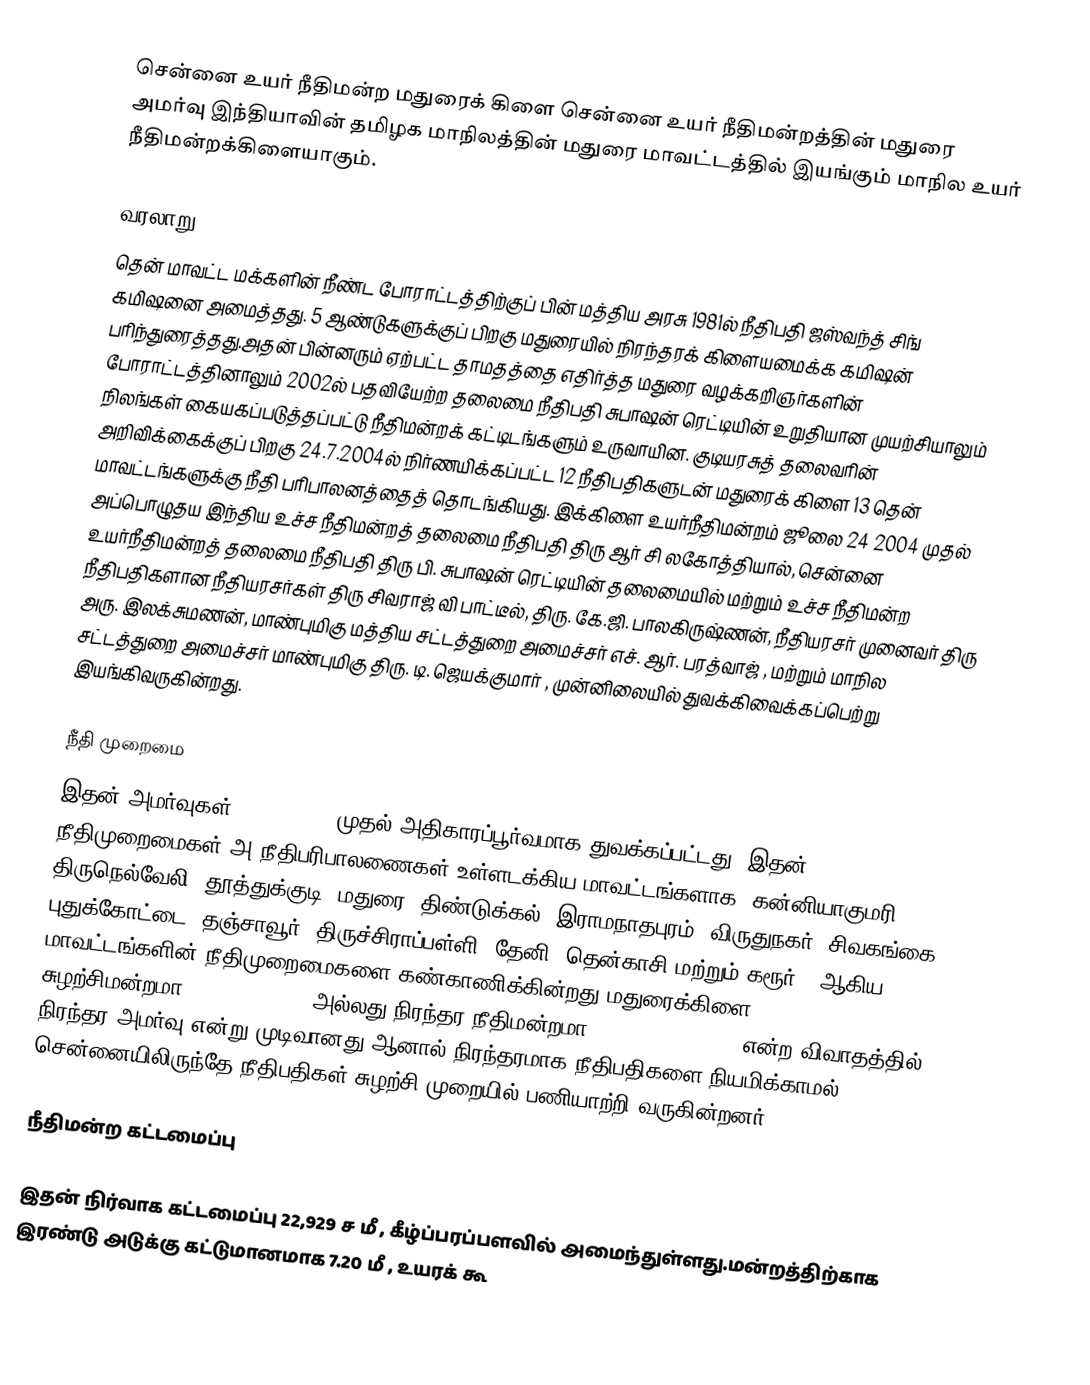
சென்னை உயர் நீதிமன்ற மதுரைக் கிளை சென்னை உயர் நீதிமன்றத்தின் மதுரை அமர்வு இந்தியாவின் தமிழக மாநிலத்தின் மதுரை மாவட்டத்தில் இயங்கும் மாநில உயர் நீதிமன்றக்கிளையாகும்.

வரலாறு
தென் மாவட்ட மக்களின் நீண்ட போராட்டத்திற்குப் பின் மத்திய அரசு 1981ல் நீதிபதி ஜஸ்வந்த் சிங் கமிஷனை அமைத்தது. 5 ஆண்டுகளுக்குப் பிறகு மதுரையில் நிரந்தரக் கிளையமைக்க கமிஷன் பரிந்துரைத்தது.அதன் பின்னரும் ஏற்பட்ட தாமதத்தை எதிர்த்த மதுரை வழக்கறிஞர்களின் போராட்டத்தினாலும் 2002ல் பதவியேற்ற தலைமை நீதிபதி சுபாஷன் ரெட்டியின் உறுதியான முயற்சியாலும் நிலங்கள் கையகப்படுத்தப்பட்டு நீதிமன்றக் கட்டிடங்களும் உருவாயின. குடியரசுத் தலைவரின் அறிவிக்கைக்குப் பிறகு 24.7.2004ல் நிர்ணயிக்கப்பட்ட 12 நீதிபதிகளுடன் மதுரைக் கிளை 13 தென் மாவட்டங்களுக்கு நீதி பரிபாலனத்தைத் தொடங்கியது. இக்கிளை உயர்நீதிமன்றம் ஜூலை 24 2004  முதல் அப்பொழுதய இந்திய உச்ச நீதிமன்றத் தலைமை நீதிபதி திரு ஆர் சி லகோத்தியால், சென்னை உயர்நீதிமன்றத் தலைமை நீதிபதி திரு பி. சுபாஷன் ரெட்டியின்  தலைமையில் மற்றும் உச்ச நீதிமன்ற நீதிபதிகளான நீதியரசர்கள் திரு சிவராஜ் வி பாட்டீல், திரு. கே.ஜி. பாலகிருஷ்ணன், நீதியரசர் முனைவர்  திரு அரு. இலக்சுமணன், மாண்புமிகு மத்திய சட்டத்துறை அமைச்சர் எச். ஆர். பரத்வாஜ் , மற்றும் மாநில சட்டத்துறை அமைச்சர்  மாண்புமிகு திரு. டி. ஜெயக்குமார் , முன்னிலையில் துவக்கிவைக்கப்பெற்று இயங்கிவருகின்றது.

நீதி முறைமை
இதன் அமர்வுகள் 24.07.2004, முதல் அதிகாரப்பூர்வமாக துவக்கப்பட்டது. இதன் நீதிமுறைமைகள் அ நீதிபரிபாலணைகள் உள்ளடக்கிய மாவட்டங்களாக ,கன்னியாகுமரி, திருநெல்வேலி, தூத்துக்குடி, மதுரை, திண்டுக்கல், இராமநாதபுரம், விருதுநகர், சிவகங்கை, புதுக்கோட்டை, தஞ்சாவூர், திருச்சிராப்பள்ளி, தேனி, தென்காசி மற்றும் கரூர் , ஆகிய மாவட்டங்களின் நீதிமுறைமைகளை கண்காணிக்கின்றது.மதுரைக்கிளை சுழற்சிமன்றமா(circuit court) அல்லது நிரந்தர நீதிமன்றமா (permanent bench) என்ற விவாதத்தில் நிரந்தர அமர்வு என்று முடிவானது.ஆனால் நிரந்தரமாக நீதிபதிகளை நியமிக்காமல் சென்னையிலிருந்தே நீதிபதிகள் சுழற்சி முறையில் பணியாற்றி வருகின்றனர்.

நீதிமன்ற கட்டமைப்பு

இதன் நிர்வாக கட்டமைப்பு 22,929 ச மீ , கீழ்ப்பரப்பளவில் அமைந்துள்ளது.மன்றத்திற்காக இரண்டு அடுக்கு கட்டுமானமாக 7.20 மீ , உயரக் கூ